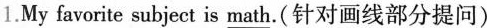
1.My favorite subject is \underline{math}.(针对画线部分提问)